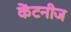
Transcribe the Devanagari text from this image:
केंटनीज